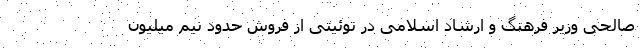
صالحی وزیر فرهنگ و ارشاد اسلامی در توئیتی از فروش حدود نیم میلیون